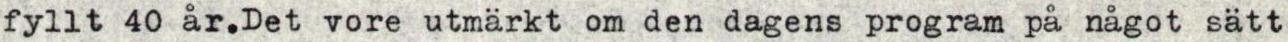
fyllt 40 år.Det vore utmärkt om den dagens program på något sätt